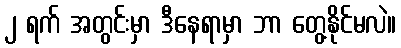
၂ ရက် အတွင်းမှာ ဒီနေရာမှာ ဘာ တွေ့နိုင်မလဲ။